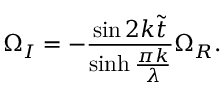
\Omega _ { I } = - \frac { \sin 2 k \tilde { t } } { \sinh \frac { \pi k } { \lambda } } \Omega _ { R } .